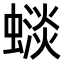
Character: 𧐽